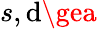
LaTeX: s,\mathrm{d}\gea